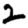
Digit: 2